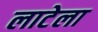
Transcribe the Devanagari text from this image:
लाटेला